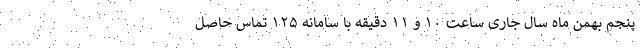
پنجم بهمن ماه سال جاری ساعت ۱۰ و ۱۱ دقیقه با سامانه ۱۲۵ تماس حاصل